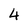
Character: 4